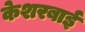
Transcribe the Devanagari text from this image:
केशरबाई